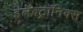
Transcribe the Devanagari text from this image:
इलॅक्ट्रॉनिक्स